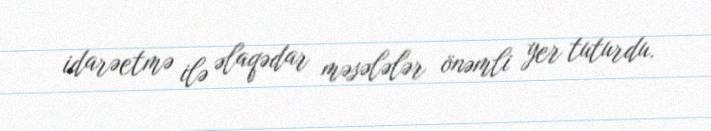
idarəetmə ilə əlaqədar məsələlər önəmli yer tuturdu.